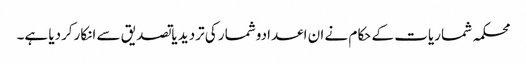
محکمہ شماریات کے حکام نے ان اعدادوشمار کی تردید یاتصدیق سے انکارکردیا ہے۔